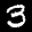
Label: 3